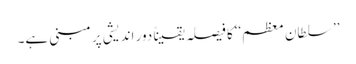
’’ سلطان معظم‘‘کا فیصلہ یقیناً دور اندیشی پر مبنی ہے۔